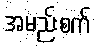
အမည်းစက်